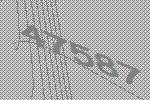
47587